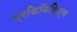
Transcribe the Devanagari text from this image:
प्रधिनिधित्व